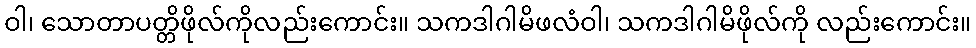
ဝါ၊ သောတာပတ္တိဖိုလ်ကိုလည်းကောင်း။ သကဒါဂါမိဖလံဝါ၊ သကဒါဂါမိဖိုလ်ကို လည်းကောင်း။